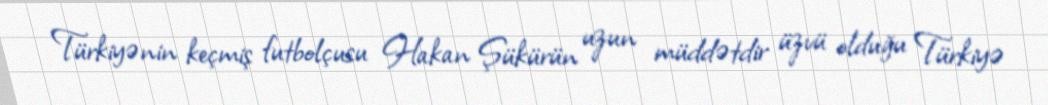
Türkiyənin keçmiş futbolçusu Hakan Şükürün uzun müddətdir üzvü olduğu Türkiyə